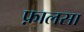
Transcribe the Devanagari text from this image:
फ़ालसा